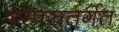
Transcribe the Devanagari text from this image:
परंपरातर्गत